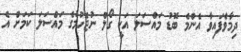
ދިމާވެފައިވާ އެންމެ ބޮޑު މައްސަލަ އަކީ ގޯލް ނުޖެހުމުގެ މައްސަލަ ކަމަށް އެ